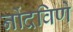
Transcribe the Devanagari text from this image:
नोंदविणे